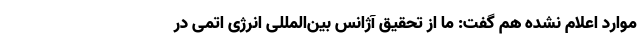
موارد اعلام نشده هم گفت: ما از تحقیق آژانس بین‌المللی انرژی اتمی در